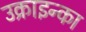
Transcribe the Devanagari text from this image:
उक्राइन्का